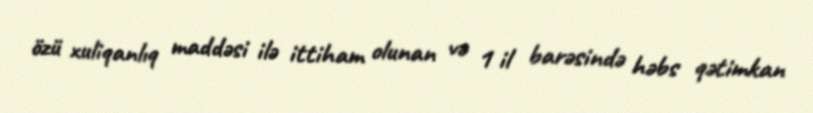
özü xuliqanlıq maddəsi ilə ittiham olunan və 1 il barəsində həbs qətimkan